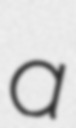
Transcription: a